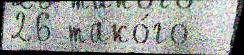
26 тако́го